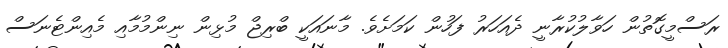
ރަސްމީގޮތުން ހަވާލުކުރާނީ ދެއަހަރު ފަހުން ކަމަށެވެ. މާނައަކީ ބްރިޖް މުޅިން ނިންމުމާއި މެއިންޓެނަސް